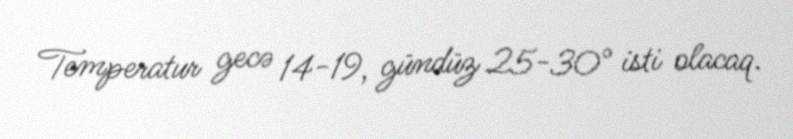
Temperatur gecə 14-19, gündüz 25-30° isti olacaq.